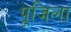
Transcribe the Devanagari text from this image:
पूजिला